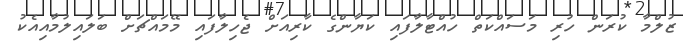
ޒުލްމާ ކުރަން ހުރި މަސައްކަތް ހުއްޓާލާފައި ކަޔާންގެ ކާރިއަށް ޖެހިލާފައި މޭމައްޗަށް ބަލައިލުމާއިއެކު